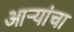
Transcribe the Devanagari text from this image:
आऱ्यांचा